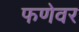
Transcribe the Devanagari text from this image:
फणेवर